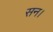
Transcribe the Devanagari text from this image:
सन।